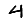
Digit: 4